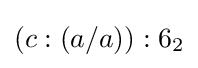
(c:(a/a)):6_{2}